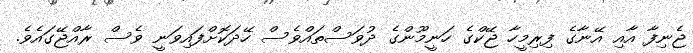
ޖެނިފާ އާއި އޭނާގެ ފިރިމީހާ ޖޭކްގެ ހަނީމޫންގެ ދުވަސްތައްވެސް ހޭދަކޮށްފައިވަނީ ވެސް ރާއްޖޭގައެވެ.